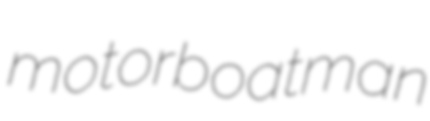
motorboatman